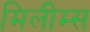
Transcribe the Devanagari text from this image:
मिलीम्स